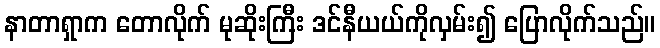
နာတာရှာက တောလိုက် မုဆိုးကြီး ဒင်နီယယ်ကိုလှမ်း၍ ပြောလိုက်သည်။